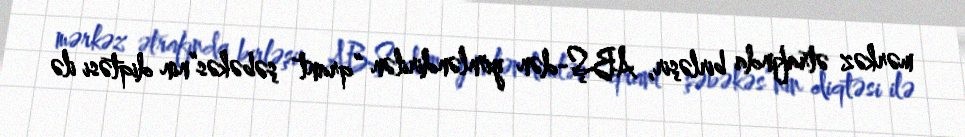
mərkəz ətrafında birləşir, ABŞ-dən yönləndirilən “qrant şəbəkəs”nin diqtəsi ilə